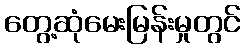
တွေ့ဆုံမေးမြန်းမှုတွင်